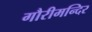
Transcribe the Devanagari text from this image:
गौरीमन्दिर